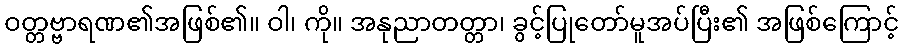
ဝတ္တဗ္ဗာရဏ၏အဖြစ်၏။ ဝါ၊ ကို။ အနုညာတတ္တာ၊ ခွင့်ပြုတော်မူအပ်ပြီး၏ အဖြစ်ကြောင့်